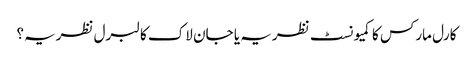
کارل مارکس کا کمیونسٹ نظریہ یا جان لاک کا لبرل نظریہ؟